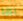
بها